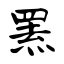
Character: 罴